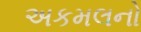
અકમલનો